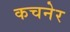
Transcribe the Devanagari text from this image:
कचनेर